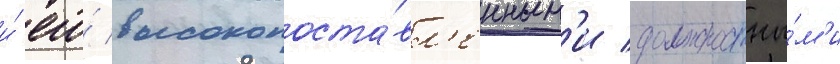
и́ его́ высокопоста́вл'енным'и должностны́м'и